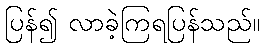
ပြန်၍ လာခဲ့ကြရပြန်သည်။